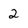
Character: 2